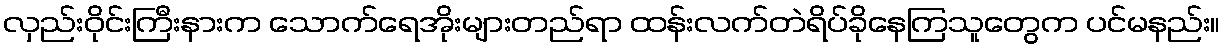
လှည်းဝိုင်းကြီးနားက သောက်ရေအိုးများတည်ရာ ထန်းလက်တဲရိပ်ခိုနေကြသူတွေက ပင်မနည်း။